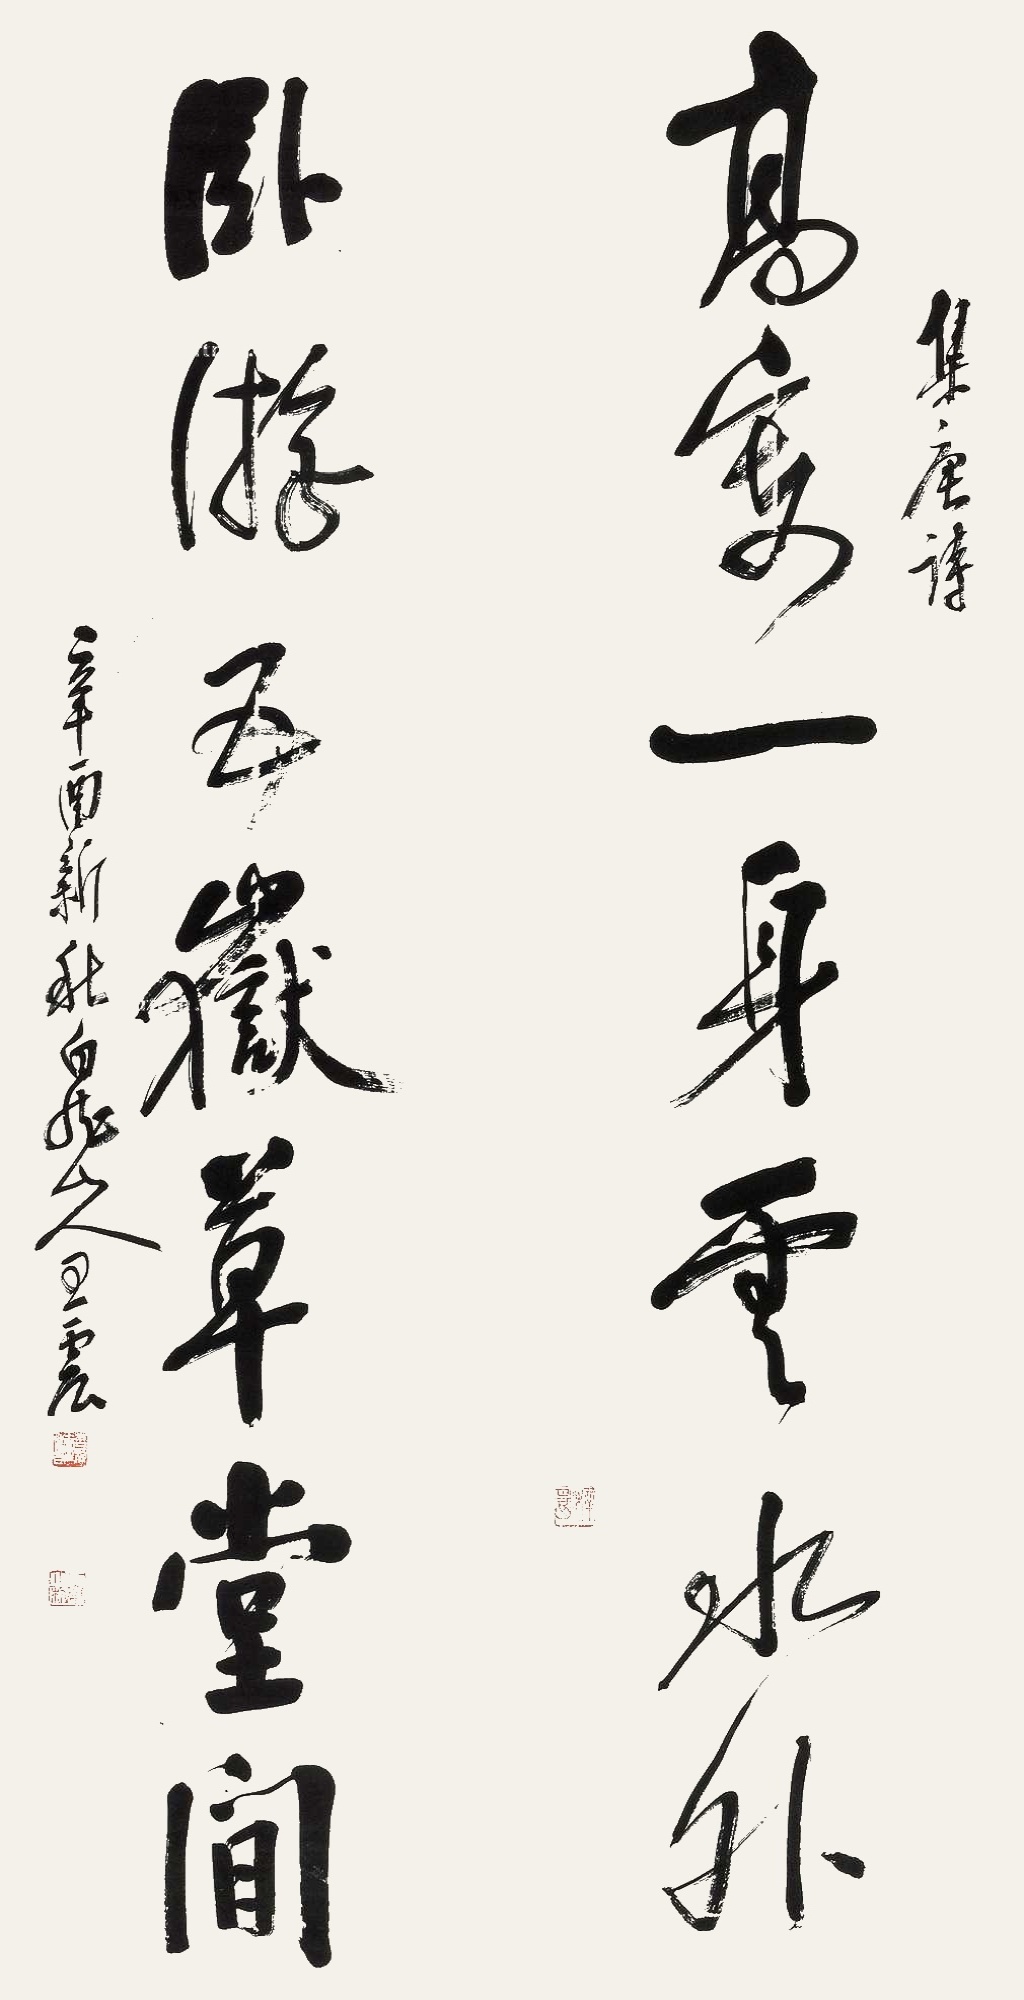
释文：高寄一身云水外，卧游五岳草堂间。集唐诗。辛酉新秋，白龙山人王震。